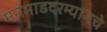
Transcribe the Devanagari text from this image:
मनमाडदरम्यानचे